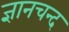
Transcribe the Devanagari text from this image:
ज्ञानचन्द